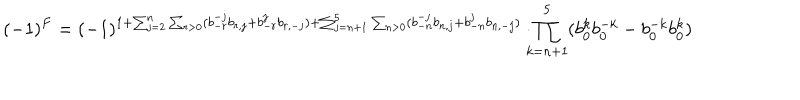
LaTeX: ( - 1 ) ^ { F } = ( - 1 ) ^ { 1 + \sum _ { j = 2 } ^ { n } \sum _ { r > 0 } ( b _ { - r } ^ { - j } b _ { r , j } + b _ { - r } ^ { j } b _ { r , - j } ) + \sum _ { j = n + 1 } ^ { 5 } \sum _ { n > 0 } ( b _ { - n } ^ { - j } b _ { n , j } + b _ { - n } ^ { j } b _ { n , - j } ) } \cdot \! \! \! \prod _ { k = n + 1 } ^ { 5 } ( b _ { 0 } ^ { k } b _ { 0 } ^ { - k } - b _ { 0 } ^ { - k } b _ { 0 } ^ { k } )